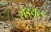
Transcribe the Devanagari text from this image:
शेड्‌यूल्ड